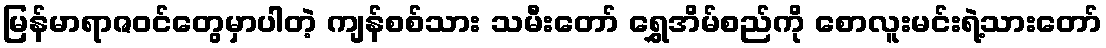
မြန်မာရာဇဝင်တွေမှာပါတဲ့ ကျန်စစ်သား သမီးတော် ရွှေအိမ်စည်ကို စောလူးမင်းရဲ့သားတော်